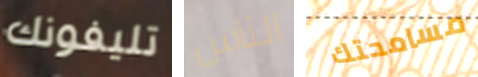
تليفونك الناس مسامحتك